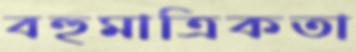
বহুমাত্রিকতা